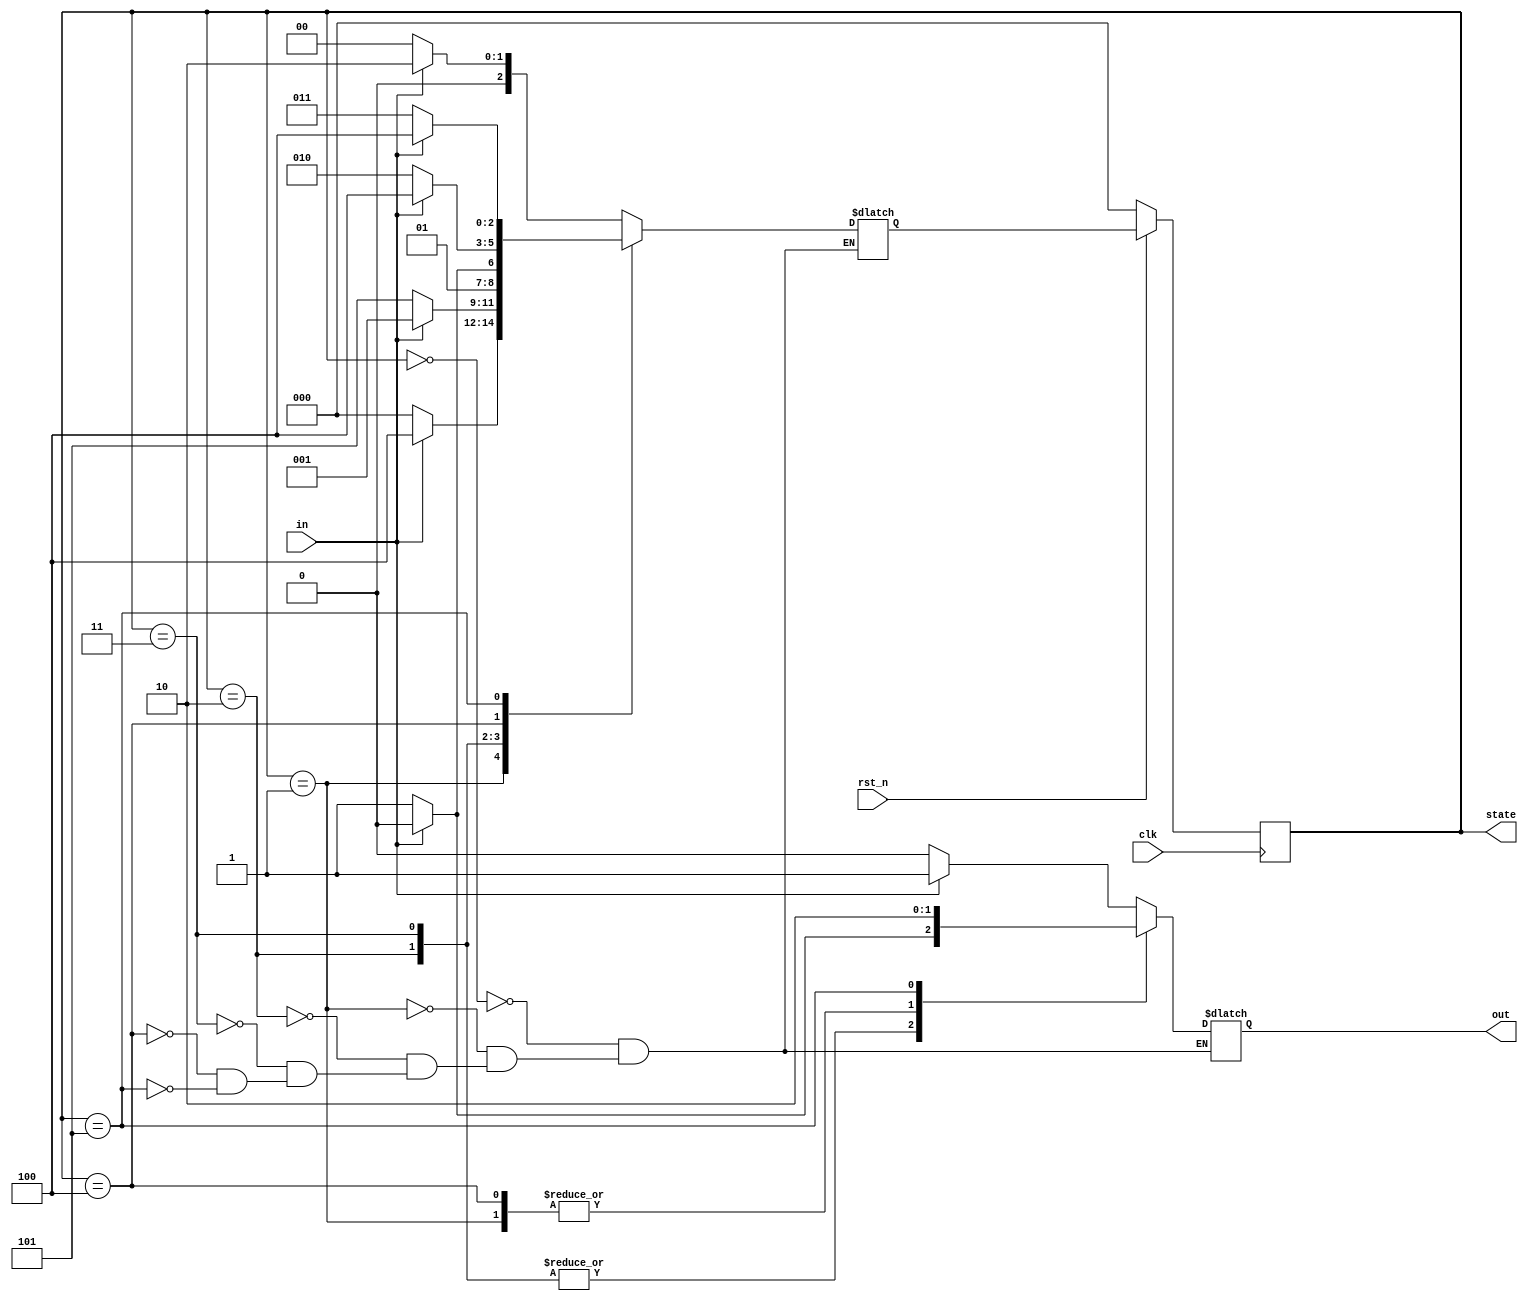
`timescale 1ns/1ps

module Mealy (clk, rst_n, in, out, state);
input clk, rst_n;
input in;
output reg out;
output reg [2:0] state;
reg [2:0] next_state;
parameter S0 = 3'b000;
parameter S1 = 3'b001;
parameter S2 = 3'b010;
parameter S3 = 3'b011;
parameter S4 = 3'b100;
parameter S5 = 3'b101;

always @(posedge clk) begin
    if(rst_n == 1'b0) state <= S0;
    else state <= next_state;
end


always @(*) begin
    case(state)
        S0:
            if(in == 1'b0) begin
                next_state = S0;
                out = 1'b0;
            end
            else begin
                next_state = S2;
                out = 1'b1;
            end
        S1:
            if(in == 1'b0) begin
                next_state = S0;
                out = 1'b1;
            end
            else begin
                next_state = S4;
                out = 1'b1;
            end
        S2:
            if(in == 1'b0) begin
                next_state = S5;
                out = 1'b1;
            end
            else begin
                next_state = S1;
                out = 1'b0;
            end
        S3:
            if(in == 1'b0) begin
                next_state = S3;
                out = 1'b1;
            end
            else begin
                next_state = S2;
                out = 1'b0;
            end
        S4:
            if(in == 1'b0) begin
                next_state = S2 ;
                out = 1'b1;
            end
            else begin
                next_state = S4;
                out = 1'b1;
            end
        S5:
            if(in == 1'b0) begin
                next_state = S3;
                out = 1'b0;
            end
            else begin
                next_state = S4;
                out = 1'b0;
            end
    endcase
end

endmodule